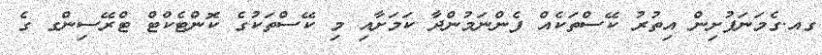
ގއ.ގެމަނަފުށިން އިތުރު ކޭސްތަކެއް ފެންނަމުންދާ ކަމަށާއި މި ކޭސްތަކުގެ ކޮންޓެކްޓް ޓްރޭސިންގ ގެ